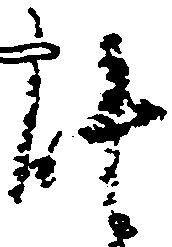
能